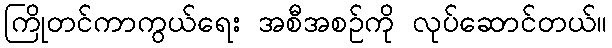
ကြိုတင်ကာကွယ်ရေး အစီအစဉ်ကို လုပ်ဆောင်တယ်။